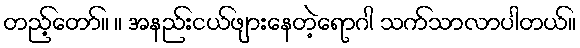
တည့်တော်။ ။ အနည်းငယ်ဖျားနေတဲ့ရောဂါ သက်သာလာပါတယ်။